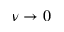
\nu \to 0